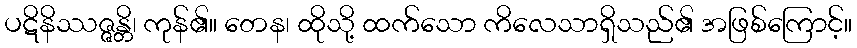
ပဋိနိဿဇ္ဇန္တိ၊ ကုန်၏။ တေန၊ ထိုသို့ ထက်သော ကိလေသာရှိသည်၏ အဖြစ်ကြောင့်။